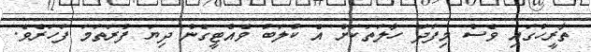
ތާރީހުގައި ވެސް މިފަދަ ހާލަތަކަށް އެ ކުލަބު ވެއްޓީގެން ދިޔަ ފުރަތަމަ ފަހަރެވެ.